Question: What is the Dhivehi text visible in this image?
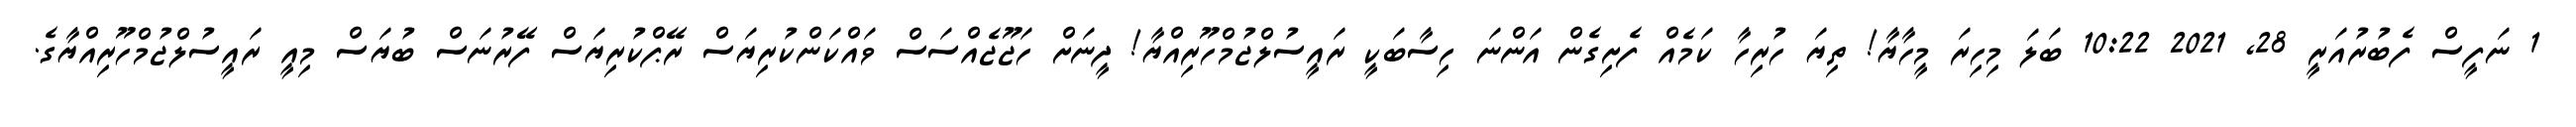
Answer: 1 ނަފީސް ފެބުރުއަރީ 28, 2021 10:22 ބަލަ މިހިރަ މީހާޔާ! ތިޔަ ހުރިހާ ކަމެއް ފެށިގެން އަންނަ ހިސާބަކީ ރައީސުލްޖުމްހޫރިއްޔާ! ދީނަށް ހަޖޫޖެއްސަސް ވައްކަންކުރިޔަސް ރޭޕްކުރިޔަސް ފޭރުނަސް ބުޔަސް މިއީ ރައީސުލްޖުމްހޫރިއްޔާގެ.